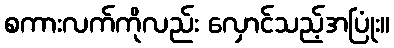
စကားလက်ကိုလည်း လှောင်သည့်အပြုံး။